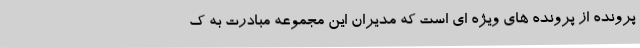
پرونده از پرونده های ویژه ای است که مدیران این مجموعه مبادرت به ک